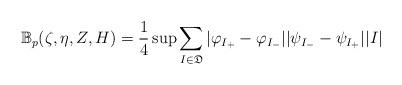
LaTeX: \begin{align*} \mathbb{B}_p(\zeta,\eta,Z,H)=\frac{1}{4}\sup\sum_{I\in \mathfrak{D}}|\varphi_{I_+}-\varphi_{I_-}||\psi_{I_-}-\psi_{I_+}||I| \end{align*}